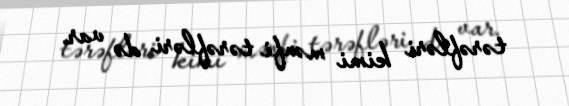
tərəfləri kimi mənfi tərəfləri də var.